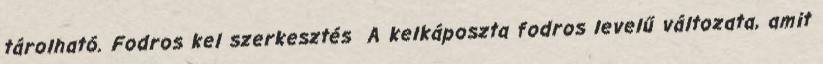
tárolható. Fodros kel szerkesztés A kelkáposzta fodros levelű változata, amit